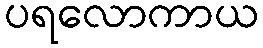
ပရလောကာယ